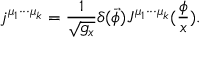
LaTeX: j ^ { \mu _ { 1 } \cdot \cdot \cdot \mu _ { k } } = \frac 1 { \sqrt { g _ { x } } } \delta ( \vec { \phi } ) J ^ { \mu _ { 1 } \cdot \cdot \cdot \mu _ { k } } ( \frac \phi x ) .